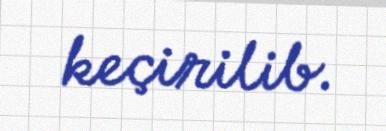
keçirilib.